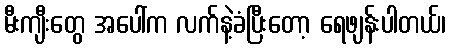
မီးကျီးတွေ အပေါ်က လက်နဲ့ခံပြီးတော့ ရေဖျန်းပါတယ်၊